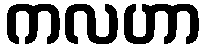
ကလဟာ